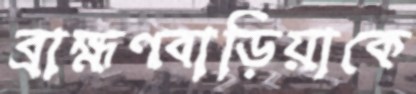
ব্রাহ্মণবাড়িয়াকে